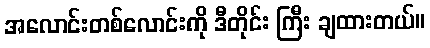
အလောင်းတစ်လောင်းကို ဒီတိုင်း ကြီး ချထားတယ်။